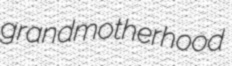
grandmotherhood